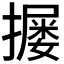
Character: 𪮴